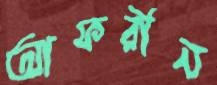
আফরীন